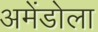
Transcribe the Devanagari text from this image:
अमेंडोला